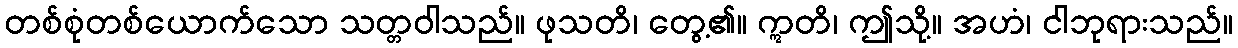
တစ်စုံတစ်ယောက်သော သတ္တဝါသည်။ ဖုသတိ၊ တွေ့၏။ ဣတိ၊ ဤသို့။ အဟံ၊ ငါဘုရားသည်။